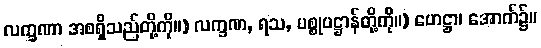
လက္ခဏာ အစရှိသည်တို့ကို။) လက္ခဏ, ရသ, ပစ္စုပဋ္ဌာန်တို့ကို။) ဟေဋ္ဌာ၊ အောက်၌။